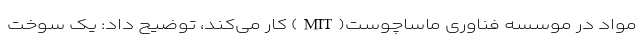
مواد در موسسه فناوری ماساچوست(MIT) کار می‌کند، توضیح داد: یک سوخت